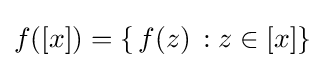
f([x])=\{\,f(z)\,:z\in [x]\}